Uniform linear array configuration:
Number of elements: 12
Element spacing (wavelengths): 0.75
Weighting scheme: blackman
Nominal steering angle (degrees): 15
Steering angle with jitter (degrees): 14.262
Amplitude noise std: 0.05
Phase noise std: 0.05

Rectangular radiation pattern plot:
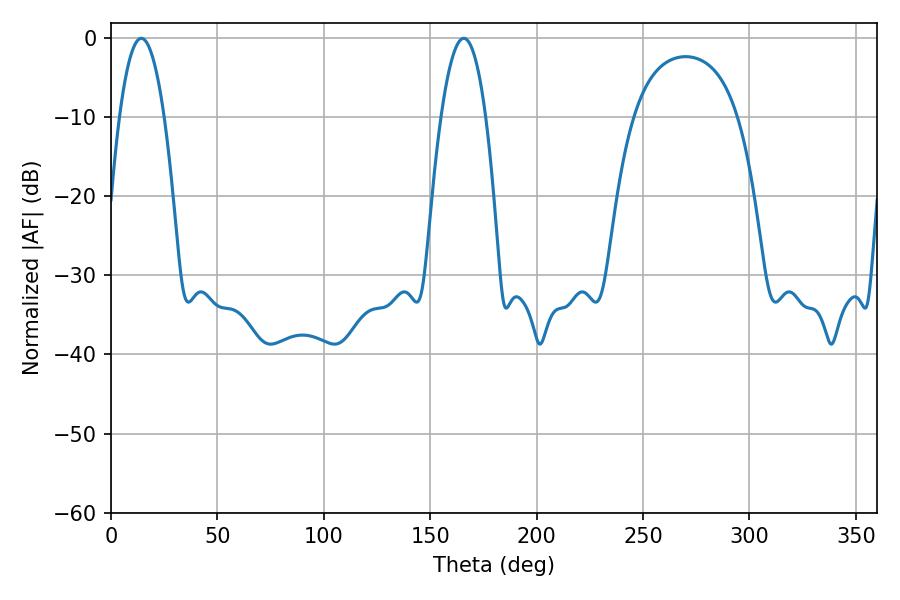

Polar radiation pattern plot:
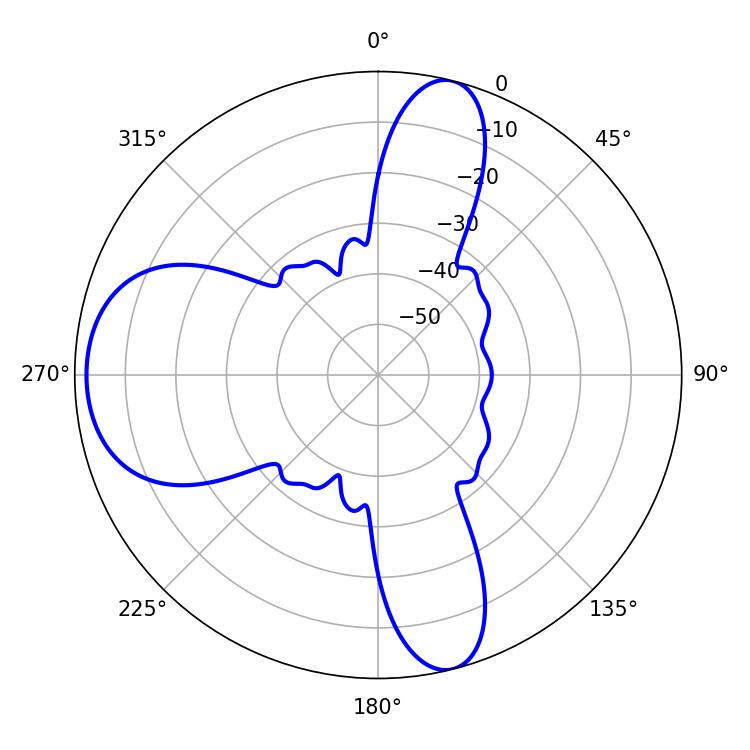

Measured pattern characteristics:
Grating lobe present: TRUE
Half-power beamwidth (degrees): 11.7
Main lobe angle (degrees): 14.22